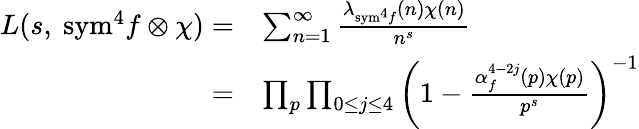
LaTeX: \begin{array}{rl}{L(s,\ \mathrm{{sym}}^{4}f\otimes\chi)=}&{\sum_{n=1}^{\infty}\frac{\lambda_{{\mathrm{sym}}^{4}f}(n)\chi(n)}{n^{s}}}\\ {=}&{\prod_{p}\prod_{0\leq j\leq 4}\left(1-\frac{\alpha_{f}^{4-2j}(p)\chi(p)}{p^{s}}\right)^{-1}}\end{array}